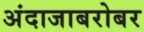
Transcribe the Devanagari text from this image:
अंदाजाबरोबर